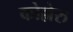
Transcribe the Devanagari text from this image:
कोल्लेरु